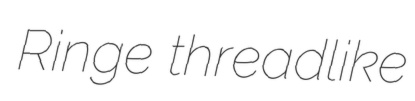
Ringe threadlike